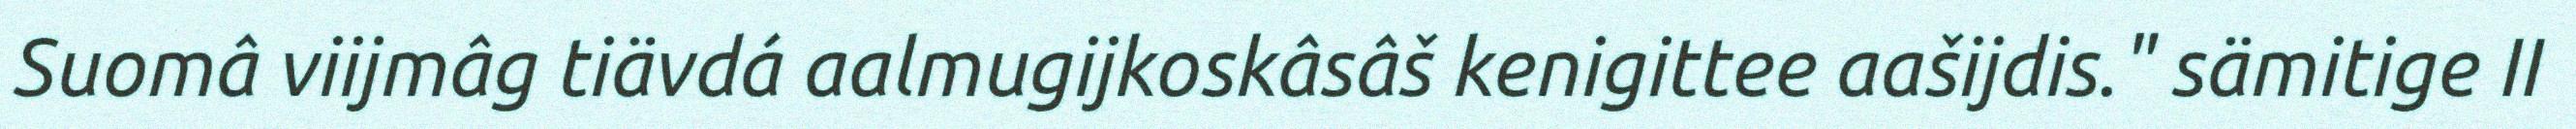
Suomâ viijmâg tiävdá aalmugijkoskâsâš kenigittee aašijdis." sämitige II